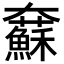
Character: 𡚢